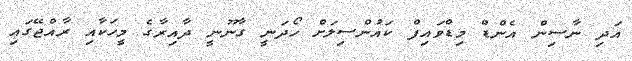
އަދި ނާސިން އެންޑް މިޑްވައިފް ކައުންސިލަށް ހޯދަނީ ގާނޫނީ ދާއިރާގެ މީހަކާއި ރާއްޖޭގައި